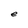
Character: e